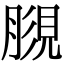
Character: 𧠿